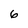
Character: 6